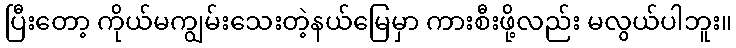
ပြီးတော့ ကိုယ်မကျွမ်းသေးတဲ့နယ်မြေမှာ ကားစီးဖို့လည်း မလွယ်ပါဘူး။